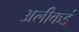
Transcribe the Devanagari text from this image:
अलीकडं